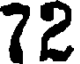
72